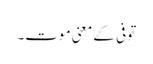
توفی کے معنی موت۔